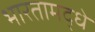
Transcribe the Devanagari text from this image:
भारतामद्धे